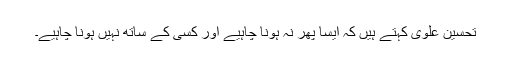
تحسین علوی کہتے ہیں کہ ایسا پھر نہ ہونا چاہیے اور کسی کے ساتھ نہیں ہونا چاہیے۔